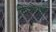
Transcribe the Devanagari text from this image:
किशोराचे